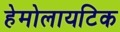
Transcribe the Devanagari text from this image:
हेमोलायटिक